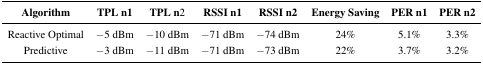
<table><thead><tr><td><b>Algorithm</b></td><td><b>TPL n1</b></td><td><b>TPL n2</b></td><td><b>RSSI n1</b></td><td><b>RSSI n2</b></td><td><b>Energy Saving</b></td><td><b>PER n1</b></td><td><b>PER n2</b></td></tr></thead><tbody><tr><td>Reactive Optimal</td><td>−5 dBm</td><td>−10 dBm</td><td>−71 dBm</td><td>−74 dBm</td><td>24%</td><td>5.1%</td><td>3.3%</td></tr><tr><td>Predictive</td><td>−3 dBm</td><td>−11 dBm</td><td>−71 dBm</td><td>−73 dBm</td><td>22%</td><td>3.7%</td><td>3.2%</td></tr></tbody></table>